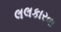
લલકારવા